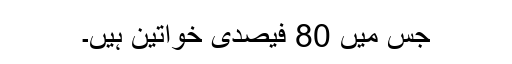
جس میں 80 فیصدی خواتین ہیں۔